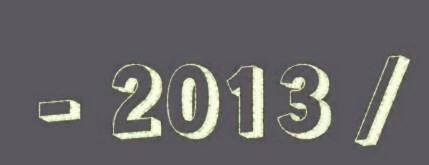
- 2013 /